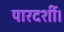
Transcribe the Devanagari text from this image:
पारदर्शी।